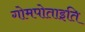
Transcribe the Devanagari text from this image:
गोमपोताइति